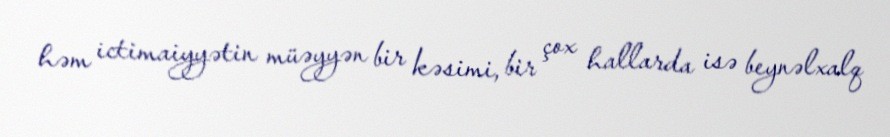
həm ictimaiyyətin müəyyən bir kəsimi, bir çox hallarda isə beynəlxalq